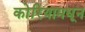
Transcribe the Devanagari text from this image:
कोरियामधून